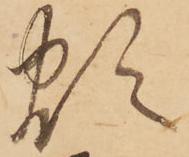
煩